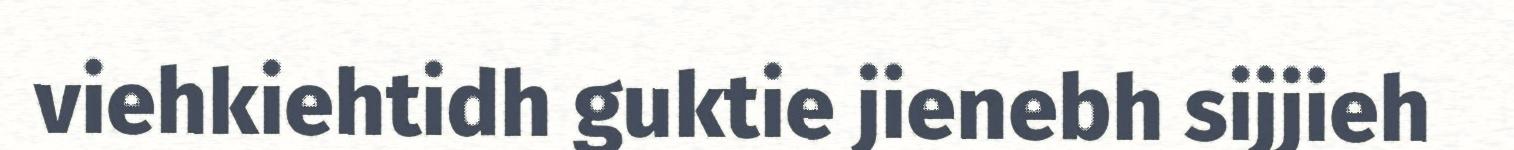
viehkiehtidh guktie jienebh sijjieh